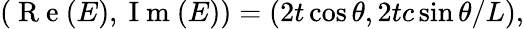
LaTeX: \begin{array}{r}{(\mathrm{~R~e~}(E),\mathrm{~I~m~}(E))=(2t\cos\theta,2tc\sin\theta/L),}\end{array}